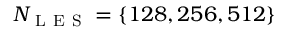
N _ { \mathrm { ~ L ~ E ~ S ~ } } = \{ 1 2 8 , 2 5 6 , 5 1 2 \}